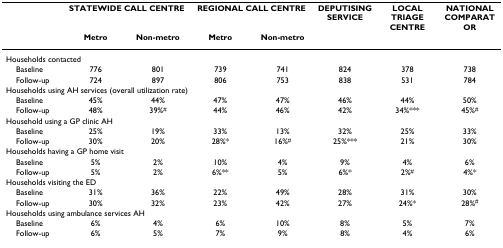
<table><thead><tr><td></td><td colspan="2"><b>STATEWIDE CALL CENTRE</b></td><td colspan="2"><b>REGIONAL CALL CENTRE</b></td><td><b>DEPUTISING SERVICE</b></td><td><b>LOCAL TRIAGE CENTRE</b></td><td><b>NATIONAL COMPARATOR</b></td></tr><tr><td></td><td><b>Metro</b></td><td><b>Non-metro</b></td><td><b>Metro</b></td><td><b>Non-metro</b></td><td></td><td></td><td></td></tr></thead><tbody><tr><td colspan="8">Households contacted</td></tr><tr><td> Baseline</td><td>776</td><td>801</td><td>739</td><td>741</td><td>824</td><td>378</td><td>738</td></tr><tr><td> Follow-up</td><td>724</td><td>897</td><td>806</td><td>753</td><td>838</td><td>531</td><td>784</td></tr><tr><td colspan="8">Households using AH services (overall utilization rate)</td></tr><tr><td> Baseline</td><td>45%</td><td>44%</td><td>47%</td><td>47%</td><td>46%</td><td>44%</td><td>50%</td></tr><tr><td> Follow-up</td><td>48%</td><td>39%<sup>#</sup></td><td>44%</td><td>46%</td><td>42%</td><td>34%***</td><td>45%<sup>#</sup></td></tr><tr><td colspan="8">Household using a GP clinic AH</td></tr><tr><td> Baseline</td><td>25%</td><td>19%</td><td>33%</td><td>13%</td><td>32%</td><td>25%</td><td>33%</td></tr><tr><td> Follow-up</td><td>30%</td><td>20%</td><td>28%*</td><td>16%<sup>#</sup></td><td>25%***</td><td>21%</td><td>30%</td></tr><tr><td colspan="8">Households having a GP home visit</td></tr><tr><td> Baseline</td><td>5%</td><td>2%</td><td>10%</td><td>4%</td><td>9%</td><td>4%</td><td>6%</td></tr><tr><td> Follow-up</td><td>5%</td><td>2%</td><td>6%**</td><td>5%</td><td>6%*</td><td>2%<sup>#</sup></td><td>4%*</td></tr><tr><td colspan="8">Households visiting the ED</td></tr><tr><td> Baseline</td><td>31%</td><td>36%</td><td>22%</td><td>49%</td><td>28%</td><td>31%</td><td>30%</td></tr><tr><td> Follow-up</td><td>30%</td><td>32%</td><td>23%</td><td>42%</td><td>27%</td><td>24%*</td><td>28%<sup>#</sup></td></tr><tr><td colspan="8">Households using ambulance services AH</td></tr><tr><td> Baseline</td><td>6%</td><td>4%</td><td>6%</td><td>10%</td><td>8%</td><td>5%</td><td>7%</td></tr><tr><td> Follow-up</td><td>6%</td><td>5%</td><td>7%</td><td>9%</td><td>8%</td><td>4%</td><td>6%</td></tr></tbody></table>